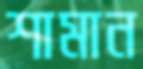
শামান